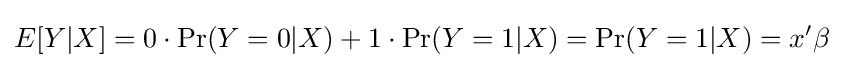
E[Y|X]=0\cdot \Pr(Y=0|X)+1\cdot \Pr(Y=1|X)=\Pr(Y=1|X)=x'\beta